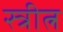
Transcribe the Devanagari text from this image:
स्त्रीत्न